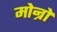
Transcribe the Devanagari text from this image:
मोन्रो